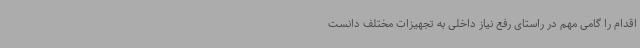
اقدام را گامی مهم در راستای رفع نیاز داخلی به تجهیزات مختلف دانست